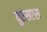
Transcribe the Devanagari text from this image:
युएसएस